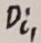
Text: Di1